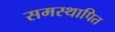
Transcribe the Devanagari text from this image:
समस्थापित